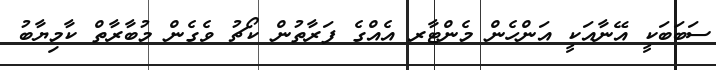
ސަބަބަކީ އޭނާއަކީ އަންހެން މެންޓާރ އެއްގެ ފަރާތުން ކޯޗު ވެގެން މުބާރާތް ކާމިޔާބު